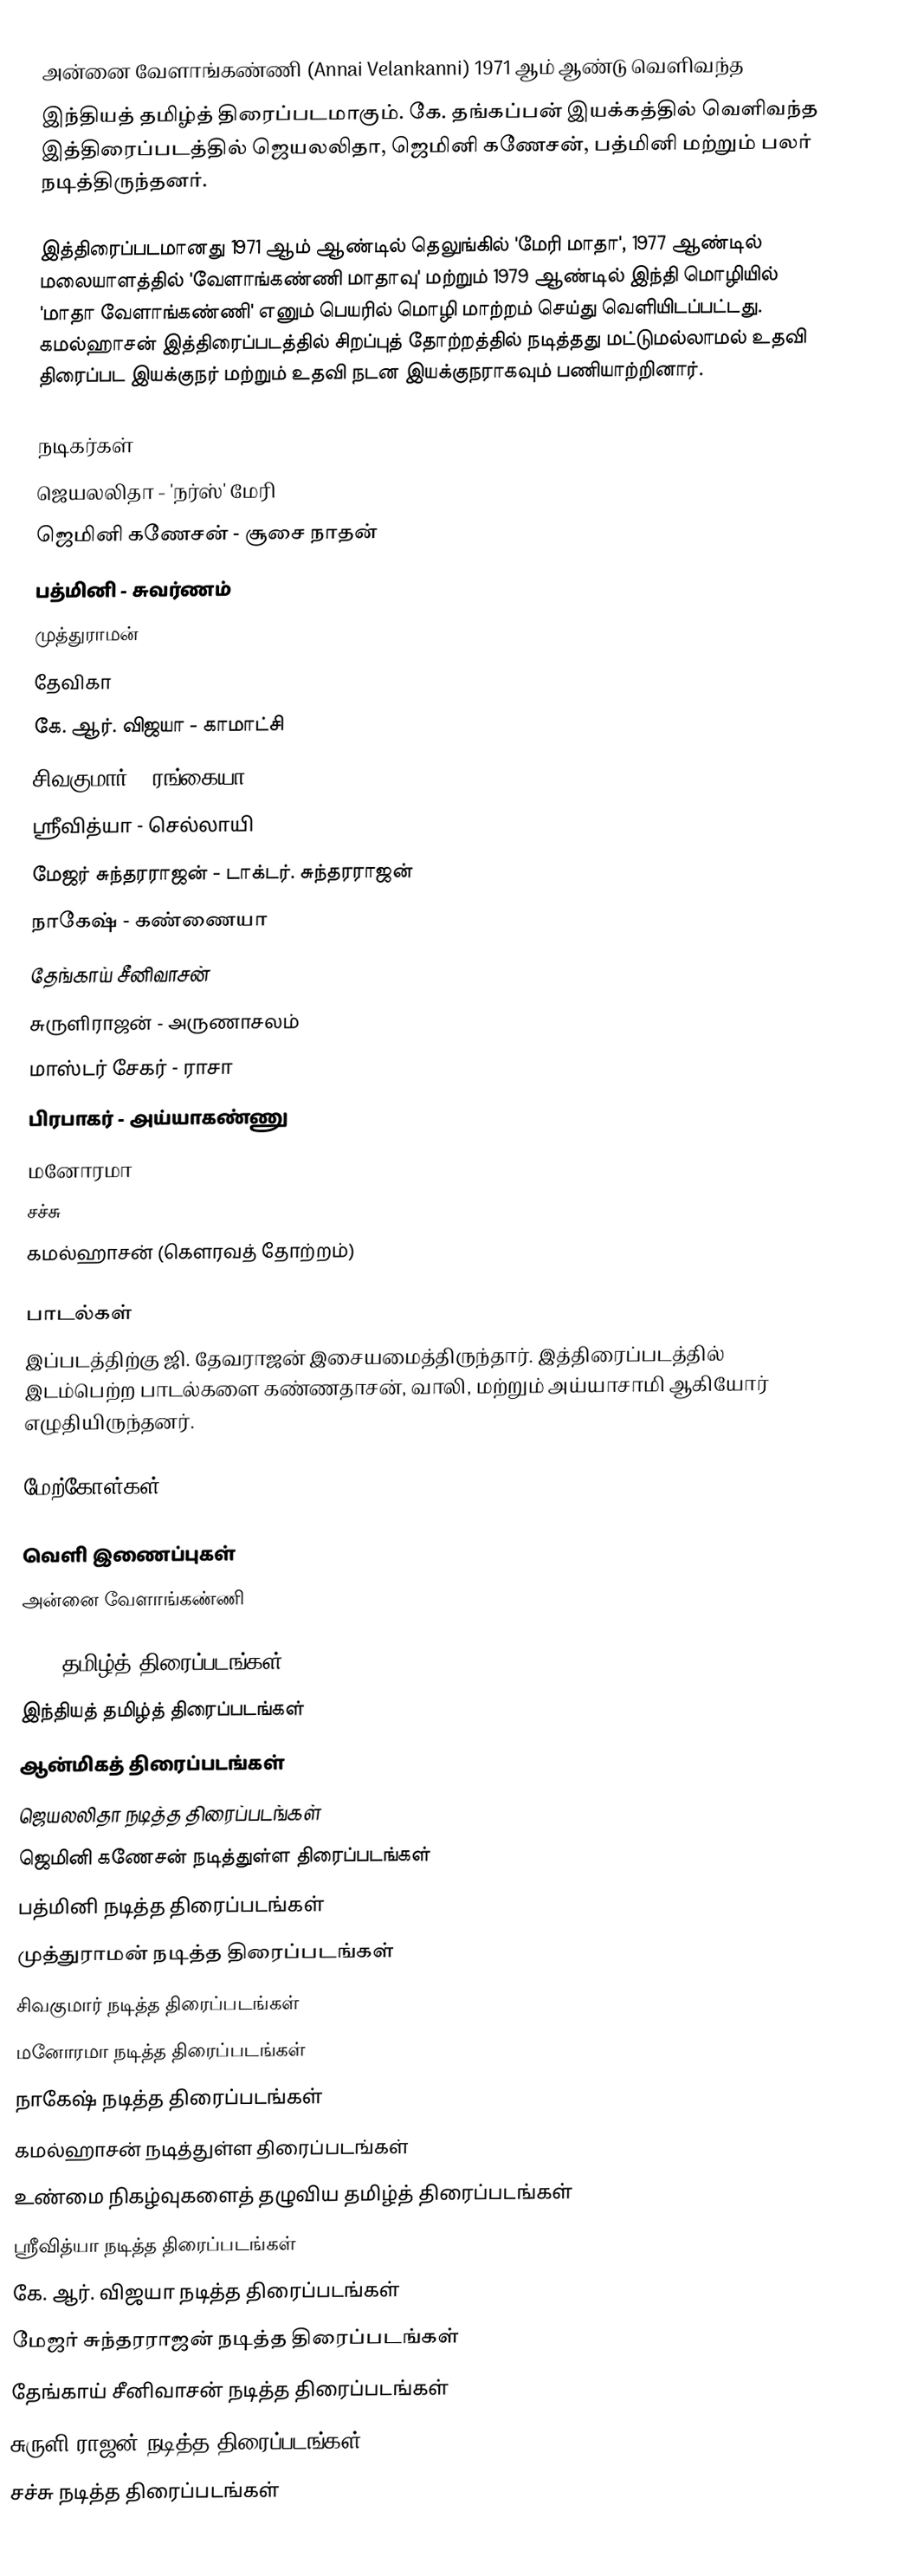
அன்னை வேளாங்கண்ணி (Annai Velankanni) 1971 ஆம் ஆண்டு வெளிவந்த
இந்தியத் தமிழ்த் திரைப்படமாகும். கே. தங்கப்பன் இயக்கத்தில் வெளிவந்த இத்திரைப்படத்தில் ஜெயலலிதா, ஜெமினி கணேசன், பத்மினி மற்றும் பலர் நடித்திருந்தனர்.

இத்திரைப்படமானது 1971 ஆம் ஆண்டில் தெலுங்கில் 'மேரி மாதா', 1977 ஆண்டில் மலையாளத்தில் 'வேளாங்கண்ணி மாதாவு' மற்றும் 1979 ஆண்டில் இந்தி மொழியில் 'மாதா வேளாங்கண்ணி' எனும் பெயரில் மொழி மாற்றம் செய்து வெளியிடப்பட்டது. கமல்ஹாசன் இத்திரைப்படத்தில் சிறப்புத் தோற்றத்தில் நடித்தது மட்டுமல்லாமல் உதவி திரைப்பட இயக்குநர் மற்றும் உதவி நடன இயக்குநராகவும் பணியாற்றினார்.

நடிகர்கள்
ஜெயலலிதா - 'நர்ஸ்' மேரி
ஜெமினி கணேசன் - சூசை நாதன்
பத்மினி - சுவர்ணம்
முத்துராமன்
தேவிகா
கே. ஆர். விஜயா - காமாட்சி
சிவகுமார் - ரங்கையா
ஸ்ரீவித்யா - செல்லாயி
மேஜர் சுந்தரராஜன் - டாக்டர். சுந்தரராஜன்
நாகேஷ் - கண்ணையா
தேங்காய் சீனிவாசன்
சுருளிராஜன் - அருணாசலம்
மாஸ்டர் சேகர் - ராசா
பிரபாகர் - அய்யாகண்ணு
மனோரமா
சச்சு
கமல்ஹாசன் (கௌரவத் தோற்றம்)

பாடல்கள்
இப்படத்திற்கு ஜி. தேவராஜன் இசையமைத்திருந்தார். இத்திரைப்படத்தில் இடம்பெற்ற பாடல்களை கண்ணதாசன், வாலி, மற்றும் அய்யாசாமி ஆகியோர் எழுதியிருந்தனர்.

மேற்கோள்கள்

வெளி இணைப்புகள்
 அன்னை வேளாங்கண்ணி

1971 தமிழ்த் திரைப்படங்கள்
இந்தியத் தமிழ்த் திரைப்படங்கள்
ஆன்மிகத் திரைப்படங்கள்
ஜெயலலிதா நடித்த திரைப்படங்கள்
ஜெமினி கணேசன் நடித்துள்ள திரைப்படங்கள்
பத்மினி நடித்த திரைப்படங்கள்
முத்துராமன் நடித்த திரைப்படங்கள்
சிவகுமார் நடித்த திரைப்படங்கள்
மனோரமா நடித்த திரைப்படங்கள்
நாகேஷ் நடித்த திரைப்படங்கள்
கமல்ஹாசன் நடித்துள்ள திரைப்படங்கள்
உண்மை நிகழ்வுகளைத் தழுவிய தமிழ்த் திரைப்படங்கள்
ஸ்ரீவித்யா நடித்த திரைப்படங்கள்
கே. ஆர். விஜயா நடித்த திரைப்படங்கள்
மேஜர் சுந்தரராஜன் நடித்த திரைப்படங்கள்
தேங்காய் சீனிவாசன் நடித்த திரைப்படங்கள்
சுருளி ராஜன் நடித்த திரைப்படங்கள்
சச்சு நடித்த திரைப்படங்கள்